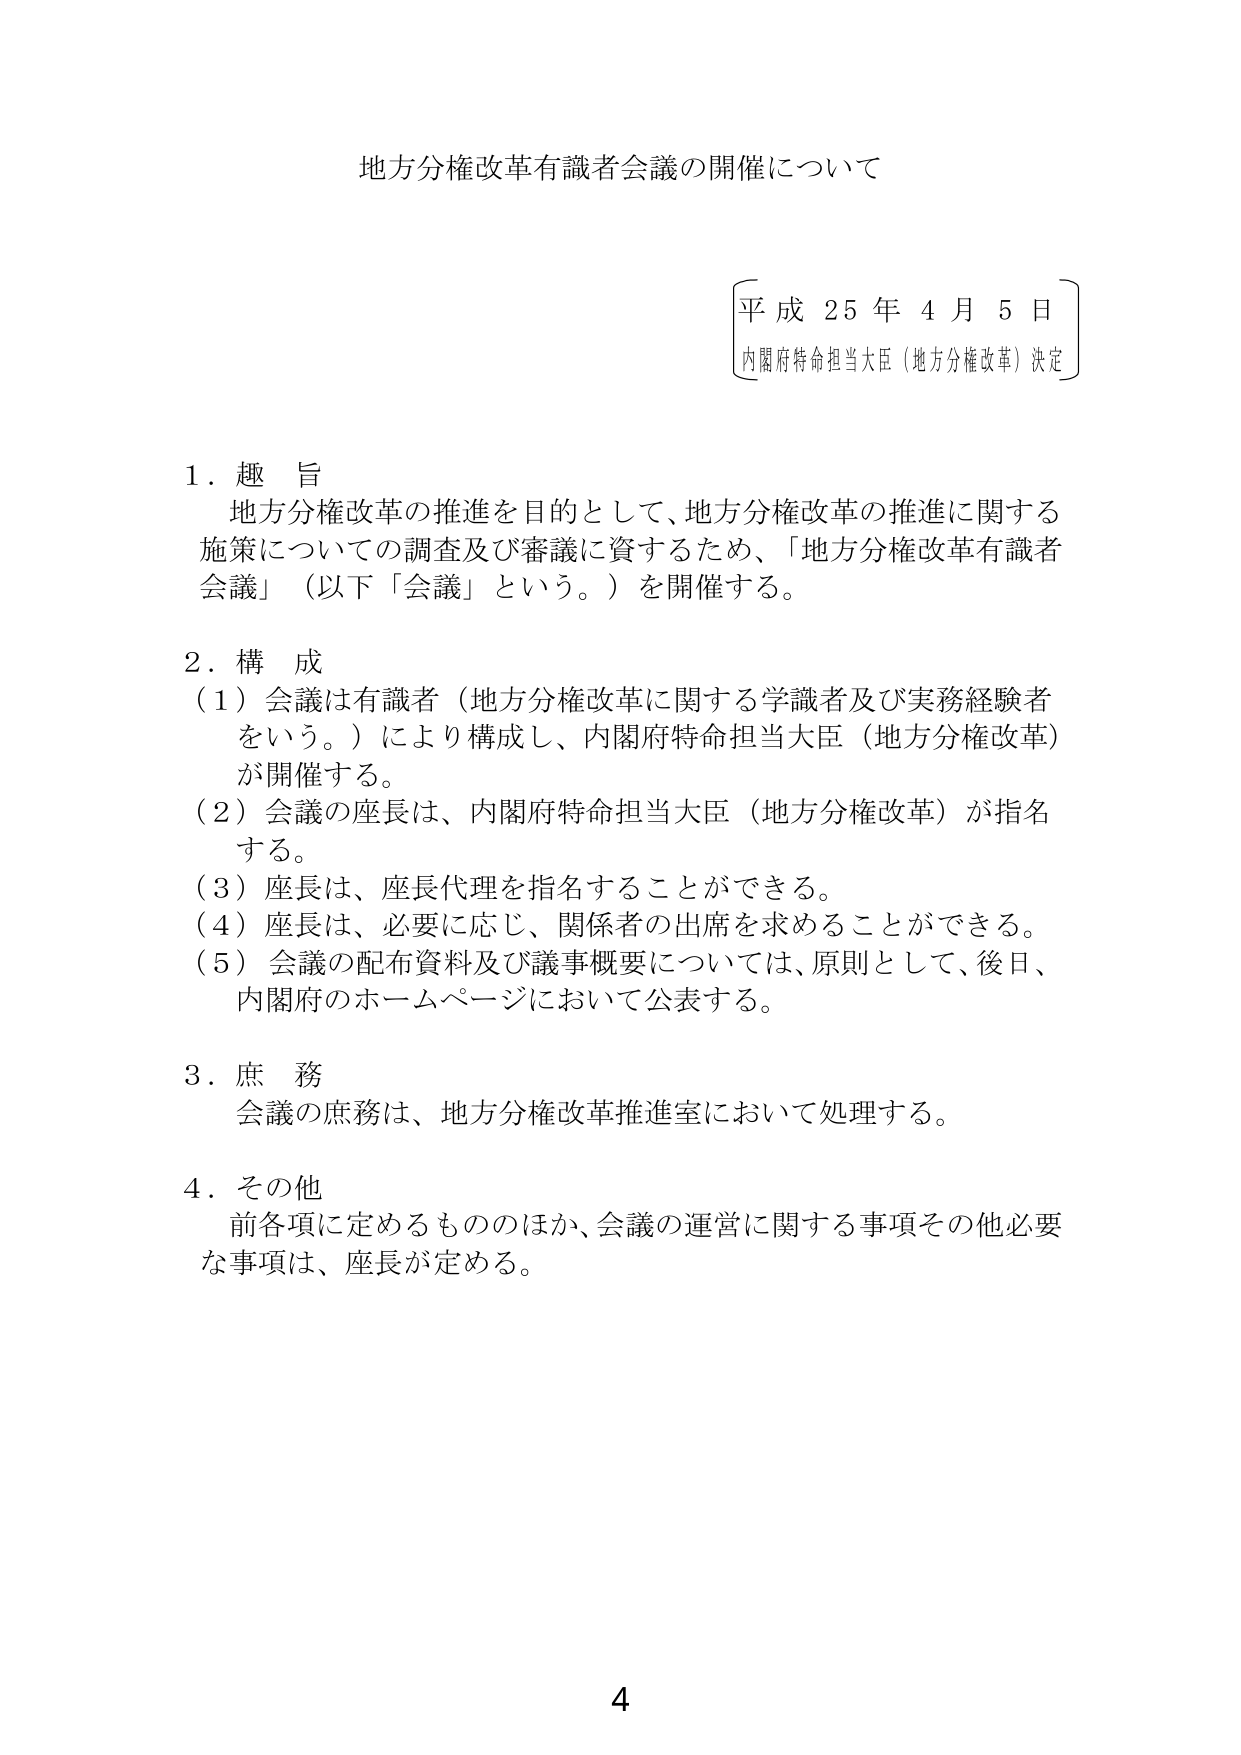
地方分権改革有識者会議の開催について

平成25年4月5日
内閣府特命担当大臣（地方分権改革）決定

1．趣 旨
地方分権改革の推進を目的として、地方分権改革の推進に関する
施策についての調査及び審議に資するため、「地方分権改革有識者
会議」（以下「会議」という。）を開催する。

2．構 成
（1）会議は有識者（地方分権改革に関する学識者及び実務経験者
をいう。）により構成し、内閣府特命担当大臣（地方分権改革）
が開催する。
（2）会議の座長は、内閣府特命担当大臣（地方分権改革）が指名
する。
（3）座長は、座長代理を指名することができる。
（4）座長は、必要に応じ、関係者の出席を求めることができる。
（5）会議の配布資料及び議事概要については、原則として、後日、
内閣府のホームページにおいて公表する。

3．庶 務
会議の庶務は、地方分権改革推進室において処理する。

4．その他
前各項に定めるもののほか、会議の運営に関する事項その他必要
な事項は、座長が定める。

4